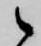
候